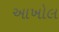
આખોલ